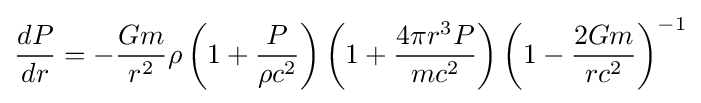
{\frac {dP}{dr}}=-{\frac {Gm}{r^{2}}}\rho \left(1+{\frac {P}{\rho c^{2}}}\right)\left(1+{\frac {4\pi r^{3}P}{mc^{2}}}\right)\left(1-{\frac {2Gm}{rc^{2}}}\right)^{-1}